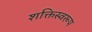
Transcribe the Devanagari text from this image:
शक्तिस्वरूप